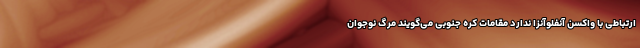
ارتباطی با واکسن آنفلوآنزا ندارد مقامات کره جنوبی می‌گویند مرگ نوجوان